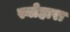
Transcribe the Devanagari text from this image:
स्योहारा